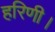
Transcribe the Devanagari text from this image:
हरिणी।